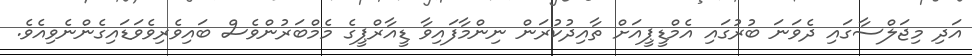
އަދި މިޖަލްސާގައި ދެވަނަ ބުރުގައި އެމްޑީޕީއަށް ތާއިދުކުރަން ނިންމާފައިވާ ޑީއާރްޕީގެ މެމްބަރުންވެސް ބައިވެރިވެވަޑައިގެންނެވިއެވެ.